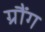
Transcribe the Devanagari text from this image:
ग्रौंग